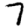
Digit: 7